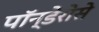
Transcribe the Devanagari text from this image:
पॉन्डेरोसे